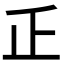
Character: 𠂛